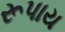
રૂપાય